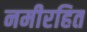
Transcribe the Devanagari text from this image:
नमीरहित